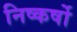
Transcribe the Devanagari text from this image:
निष्कर्षो